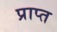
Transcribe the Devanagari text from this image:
प्राप्त